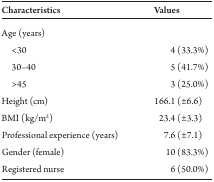
<table><thead><tr><td><b>Characteristics</b></td><td><b>Values</b></td></tr></thead><tbody><tr><td colspan="2">Age (years)</td></tr><tr><td> &lt;30</td><td>4 (33.3%)</td></tr><tr><td> 30–40</td><td>5 (41.7%)</td></tr><tr><td> &gt;45</td><td>3 (25.0%)</td></tr><tr><td>Height (cm)</td><td>166.1 (±6.6)</td></tr><tr><td>BMI (kg/m<sup>2</sup>)</td><td>23.4 (±3.3)</td></tr><tr><td>Professional experience (years)</td><td>7.6 (±7.1)</td></tr><tr><td>Gender (female)</td><td>10 (83.3%)</td></tr><tr><td>Registered nurse</td><td>6 (50.0%)</td></tr></tbody></table>